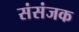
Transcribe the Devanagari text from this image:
संसंजक